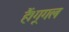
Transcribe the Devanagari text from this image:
हैं।गूगल